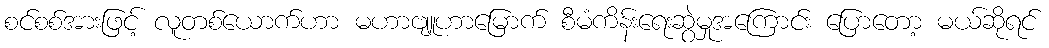
စင်စစ်အားဖြင့် လူတစ်ယောက်ဟာ မဟာဗျူဟာမြောက် စီမံကိန်းရေးဆွဲမှုအကြောင်း ပြောတော့ မယ်ဆိုရင်